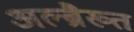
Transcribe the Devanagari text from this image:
अल्ब्रैख्त